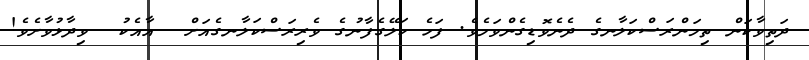
ދަތިވާކަން ތިމަންރަސްކަލާނގެ ދެނެވޮޑިގެންވަމެވެ. ފަހެ ކަލޭގެފާނުގެ ވެރިރަސްކަލާނގެއަށް  އާއެކު  ވިދާޅުވާށެވެ!